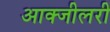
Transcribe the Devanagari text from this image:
आक्जीलरी